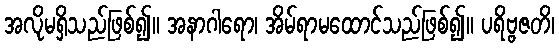
အလိုမရှိသည်ဖြစ်၍။ အနာဂါရော၊ အိမ်ရာမထောင်သည်ဖြစ်၍။ ပရိဗ္ဗဇတိ၊